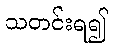
သတင်းရ၍